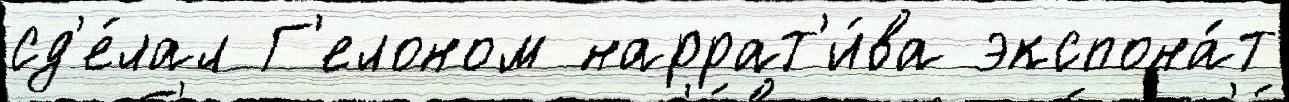
сд'е́лал Г'елоном наррат'и́ва экспона́т